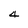
Character: 4